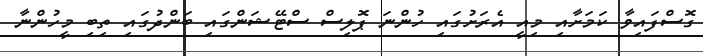
ގޮސްފައިވާ ކަމަށާއި މިއީ އެރަށުގައި ހުންނަ ޕޮލިސް ސްޓޭޝަންގައި ބަންދުގައި ތިބި މީހުންނާ